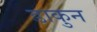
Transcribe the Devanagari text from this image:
डाकुन